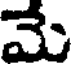
మే